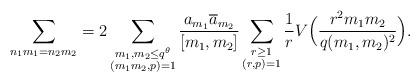
LaTeX: \begin{align*}\sum_{n_1m_1=n_2m_2}= 2\sum_{\substack{m_1,m_2 \leq q^\theta\\ (m_1m_2,p)=1}} \frac{a_{m_1}\overline{a}_{m_2} }{[m_1,m_2]} \sum_{\substack{r\ge 1\\ (r,p)=1}} \frac{1}{r}V\Big( \frac{r^2 m_1m_2}{q(m_1,m_2)^2} \Big).\end{align*}